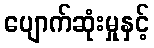
ပျောက်ဆုံးမှုနှင့်